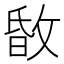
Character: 𢽹